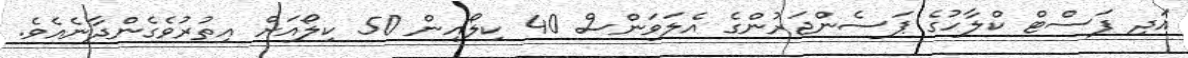
އަދި ފަސްޓް ކްލާހުގެ ޕަސެންޖަރުންގެ އެލަވަންސް 40 ކިލޯއިން 50 ކިލޯއަށް އިތުރުވެގެންދާނެއެވެ.